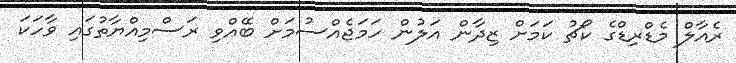
ރެއާލް މެޑްރިޑްގެ ކޯޗު ކަމަށް ޒިދާން އަލުން ހަމަޖެއްސުމަށް ބޭއްވި ރަސްމިއްޔާތުގައި ވާހަކަ